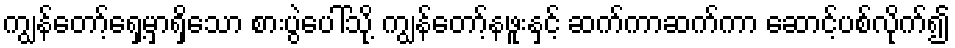
ကျွန်တော့်ရှေ့မှာရှိသော စားပွဲပေါ်သို့ ကျွန်တော့်နဖူးနှင့် ဆက်ကာဆက်ကာ ဆောင့်ပစ်လိုက်၍